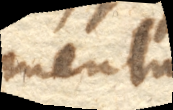
mentrum